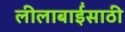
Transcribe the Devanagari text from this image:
लीलाबाईंसाठी